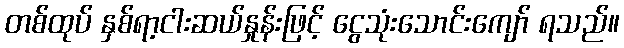
တစ်ထုပ် နှစ်ရာ့ငါးဆယ်နှုန်းဖြင့် ငွေသုံးသောင်းကျော် ရသည်။